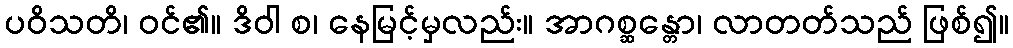
ပဝိသတိ၊ ဝင်၏။ ဒိဝါ စ၊ နေမြင့်မှလည်း။ အာဂစ္ဆန္တော၊ လာတတ်သည် ဖြစ်၍။